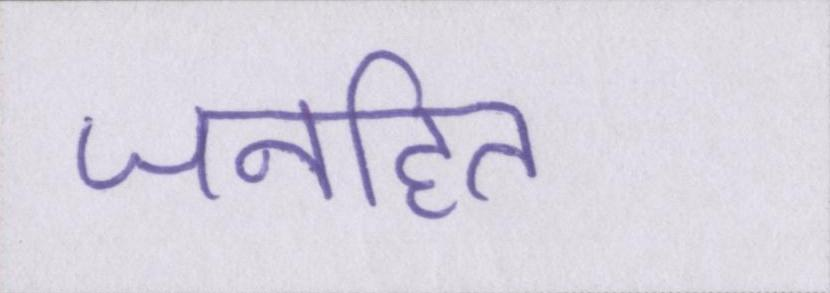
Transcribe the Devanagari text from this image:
जनहित